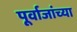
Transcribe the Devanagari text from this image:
पूर्वाजांच्या